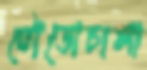
টোডোচালা